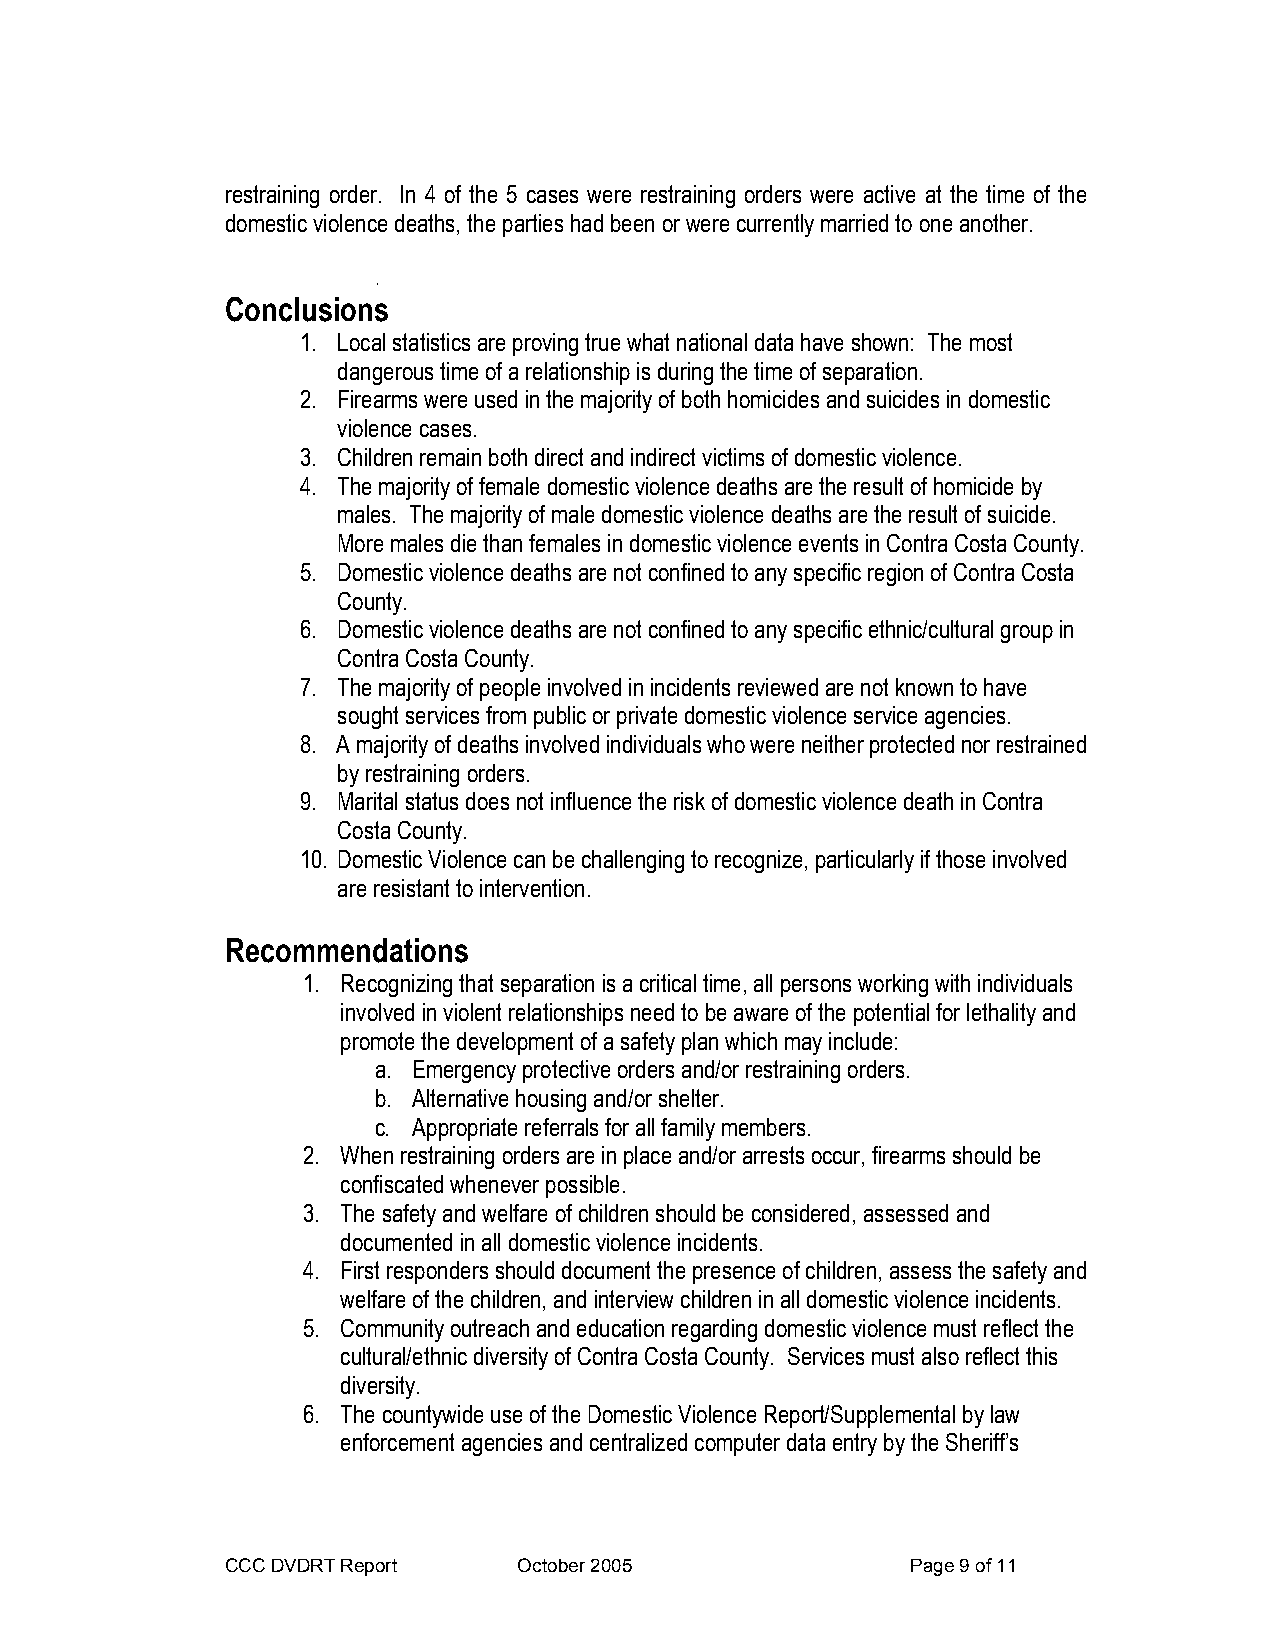
restraining order. In 4 of the 5 cases were restraining orders were active at the time of the
 domestic violence deaths, the parties had been or were currently married to one another.
 .
 Conclusions
 1. Local statistics are proving true what national data have shown: The most
 dangerous time of a relationship is during the time of separation.
 2. Firearms were used in the majority of both homicides and suicides in domestic
 violence cases.
 3. Children remain both direct and indirect victims of domestic violence.
 4. The majority of female domestic violence deaths are the result of homicide by
 males. The majority of male domestic violence deaths are the result of suicide.
 More males die than females in domestic violence events in Contra Costa County.
 5. Domestic violence deaths are not confined to any specific region of Contra Costa
 County.
 6. Domestic violence deaths are not confined to any specific ethnic/cultural group in
 Contra Costa County.
 7. The majority of people involved in incidents reviewed are not known to have
 sought services from public or private domestic violence service agencies.
 8. A majority of deaths involved individuals who were neither protected nor restrained
 by restraining orders.
 9. Marital status does not influence the risk of domestic violence death in Contra
 Costa County.
 10. Domestic Violence can be challenging to recognize, particularly if those involved
 are resistant to intervention.
 Recommendations
 1. Recognizing that separation is a critical time, all persons working with individuals
 involved in violent relationships need to be aware of the potential for lethality and
 promote the development of a safety plan which may include:
 a. Emergency protective orders and/or restraining orders.
 b. Alternative housing and/or shelter.
 c. Appropriate referrals for all family members.
 2. When restraining orders are in place and/or arrests occur, firearms should be
 confiscated whenever possible.
 3. The safety and welfare of children should be considered, assessed and
 documented in all domestic violence incidents.
 4. First responders should document the presence of children, assess the safety and
 welfare of the children, and interview children in all domestic violence incidents.
 5. Community outreach and education regarding domestic violence must reflect the
 cultural/ethnic diversity of Contra Costa County. Services must also reflect this
 diversity.
 6. The countywide use of the Domestic Violence Report/Supplemental by law
 enforcement agencies and centralized computer data entry by the Sheriff’s
 CCC DVDRT Report   October 2005              Page 9 of 11